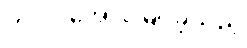
တင်ဒါအောင်မြင်ခဲ့သည့်